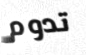
تدوم